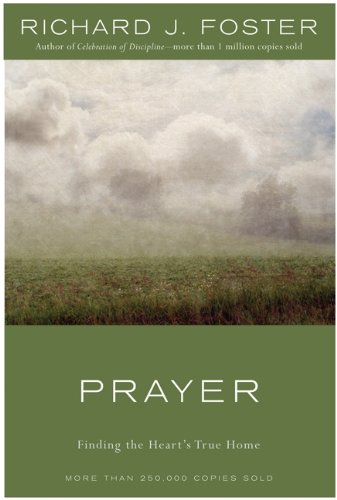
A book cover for Prayer: Finding the Heart's True Home; Zondervan; Religion & Spirituality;